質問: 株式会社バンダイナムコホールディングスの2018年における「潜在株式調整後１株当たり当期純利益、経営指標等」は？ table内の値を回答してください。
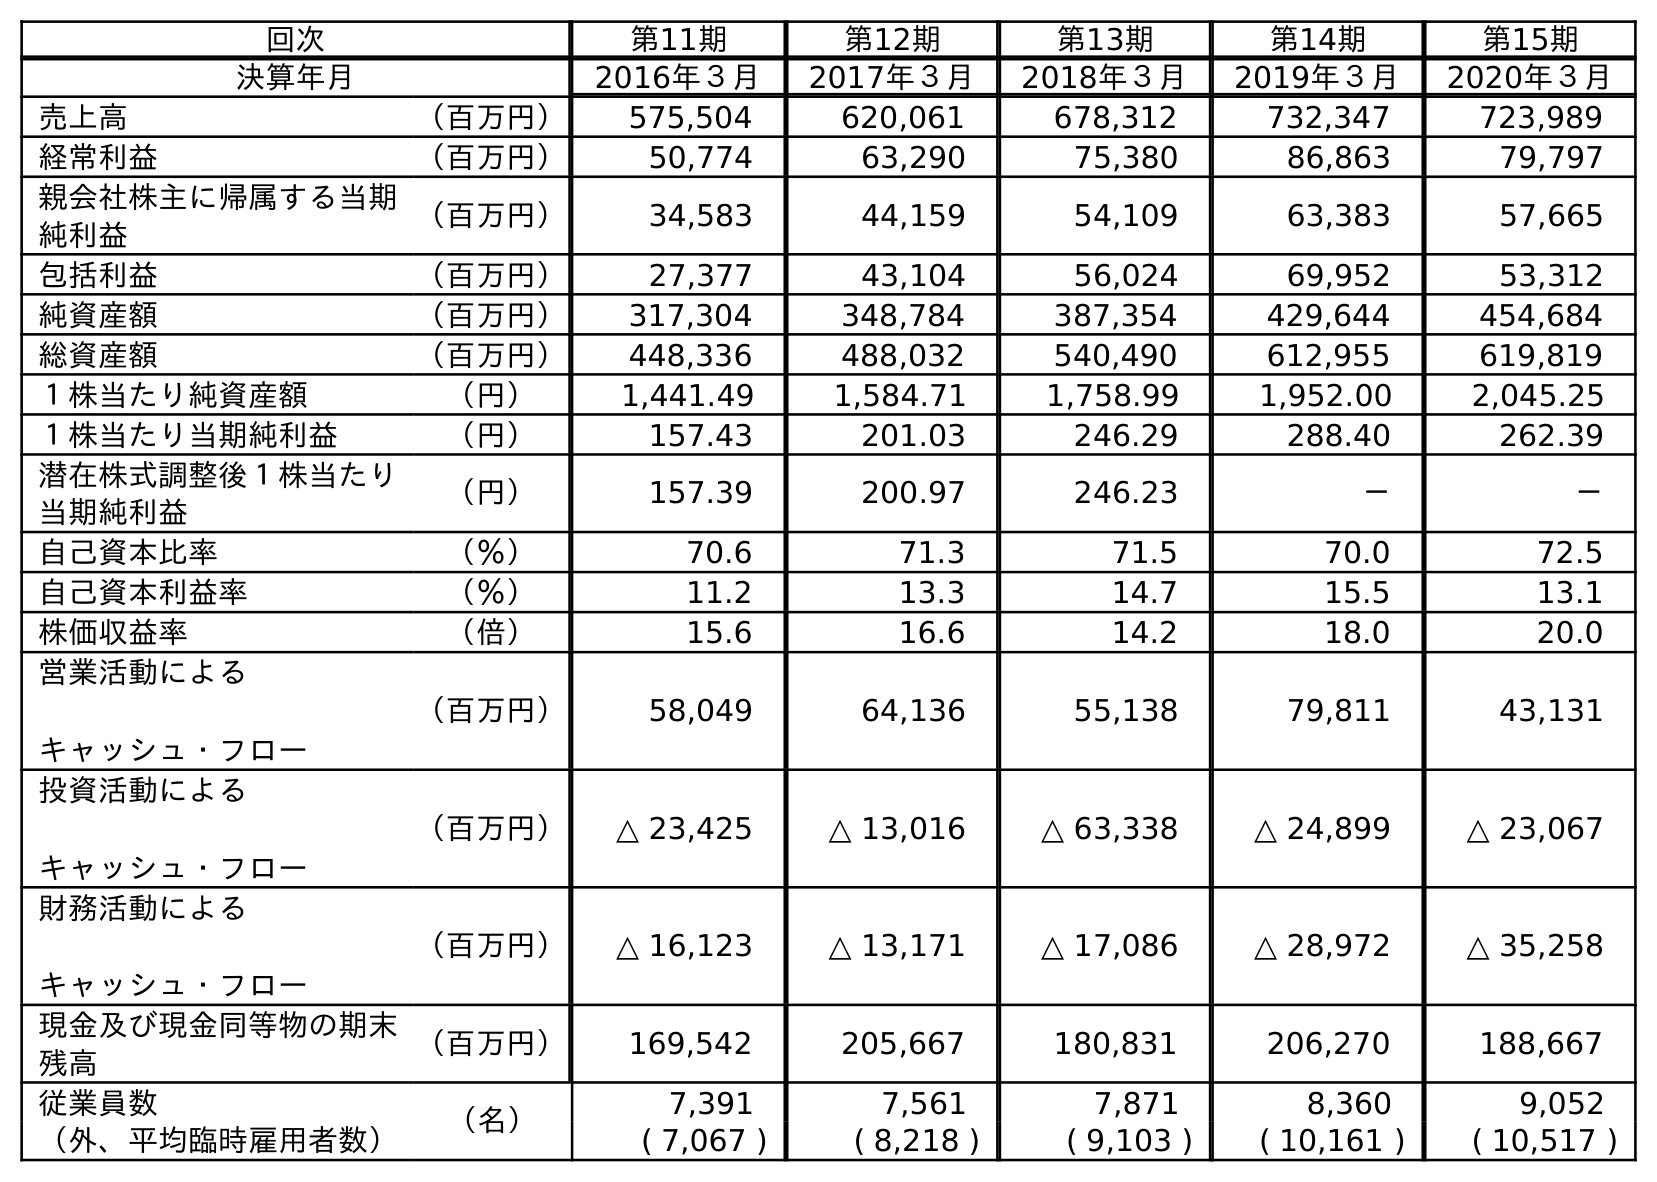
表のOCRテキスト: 回次 第11期 第12期 第13期 第14期 第15期 決算年月 2016年３月 2017年３月 2018年３月 2019年３月 2020年３月 売上高 （百万円） 575,504 620,061 678,312 732,347 723,989 経常利益 （百万円） 50,774 63,290 75,380 86,863 79,797 親会社株主に帰属する当期 純利益 （百万円） 34,583 44,159 54,109 63,383 57,665 包括利益 （百万円） 27,377 43,104 56,024 69,952 53,312 純資産額 （百万円） 317,304 348,784 387,354 429,644 454,684 総資産額 （百万円） 448,336 488,032 540,490 612,955 619,819 １株当たり純資産額 （円） 1,441.49 1,584.71 1,758.99 1,952.00 2,045.25 １株当たり当期純利益 （円） 157.43 201.03 246.29 288.40 262.39 潜在株式調整後１株当たり 当期純利益 （円） 157.39 200.97 246.23 － － 自己資本比率 （％） 70.6 71.3 71.5 70.0 72.5 自己資本利益率 （％） 11.2 13.3 14.7 15.5 13.1 株価収益率 （倍） 15.6 16.6 14.2 18.0 20.0 営業活動による キャッシュ・フロー （百万円） 58,049 64,136 55,138 79,811 43,131 投資活動による キャッシュ・フロー （百万円） △ 23,425 △ 13,016 △ 63,338 △ 24,899 △ 23,067 財務活動による キャッシュ・フロー （百万円） △ 16,123 △ 13,171 △ 17,086 △ 28,972 △ 35,258 現金及び現金同等物の期末 残高 （百万円） 169,542 205,667 180,831 206,270 188,667 従業員数 （名） 7,391 7,561 7,871 8,360 9,052 （外、平均臨時雇用者数） ( 7,067 ) ( 8,218 ) ( 9,103 ) ( 10,161 ) ( 10,517 )
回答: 246.23